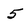
Character: 5